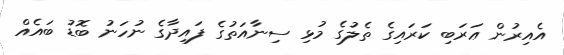
އެއިރުން ޢަރަބި ކަރައިގެ ތެލުގެ މުޅި ސިނާއަތުގެ ފައިދާގެ ނުހަނު ބޮޑު ބައެއް